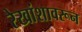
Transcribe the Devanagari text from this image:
रेखांशावरून